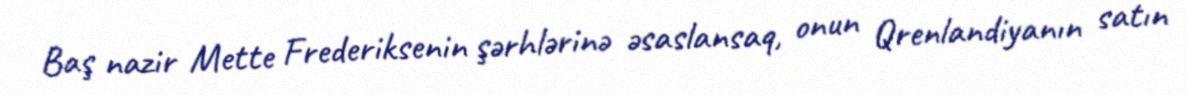
Baş nazir Mette Frederiksenin şərhlərinə əsaslansaq, onun Qrenlandiyanın satın